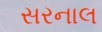
સરનાલ